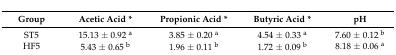
<table><thead><tr><td><b>Group</b></td><td><b>Acetic Acid *</b></td><td><b>Propionic Acid *</b></td><td><b>Butyric Acid *</b></td><td><b>pH</b></td></tr></thead><tbody><tr><td>ST5</td><td>15.13 ± 0.92 <sup>a</sup></td><td>3.85 ± 0.20 <sup>a</sup></td><td>4.54 ± 0.33 <sup>a</sup></td><td>7.60 ± 0.12 <sup>b</sup></td></tr><tr><td>HF5</td><td>5.43 ± 0.65 <sup>b</sup></td><td>1.96 ± 0.11 <sup>b</sup></td><td>1.72 ± 0.09 <sup>b</sup></td><td>8.18 ± 0.06 <sup>a</sup></td></tr></tbody></table>